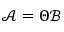
{ \mathcal { A } } = \Theta { \mathcal { B } }